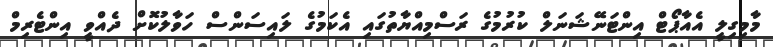
މާމިގިލީ އެއާޕޯޓް އިންޓަނޭޝަނަލް ކުރުމުގެ ރަސްމިއްޔާތުގައި އެކަމުގެ ލައިސަންސް ހަވާލުކޮށް ދެއްވީ އިންޓެރިމް